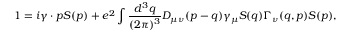
1 = i \gamma \cdot p S ( p ) + e ^ { 2 } \int \frac { d ^ { 3 } q } { ( 2 \pi ) ^ { 3 } } D _ { \mu \nu } ( p - q ) \gamma _ { \mu } S ( q ) \Gamma _ { \nu } ( q , p ) S ( p ) ,